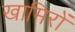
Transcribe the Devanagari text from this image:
खामिरों